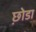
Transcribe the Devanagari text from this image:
छ़ोडा